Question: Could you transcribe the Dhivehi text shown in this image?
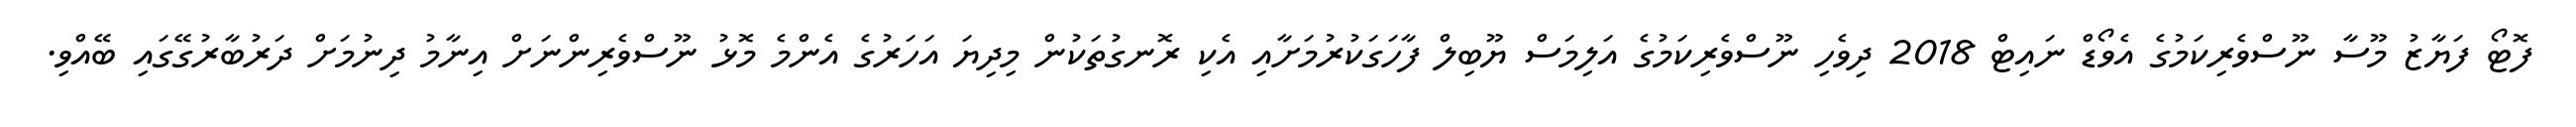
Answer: ފޮޓޯ ފަޔާޒު މޫސާ ނޫސްވެރިކަމުގެ އެވޯޑް ނައިޓް 2018 ދިވެހި ނޫސްވެރިކަމުގެ އަލިމަސް ޔޫބިލް ފާހަގަކުރުމަށާއި އެކި ރޮނގުތަކުން މިދިޔަ އަހަރުގެ އެންމެ މޮޅު ނޫސްވެރިންނަށް އިނާމު ދިނުމަށް ދަރުބާރުގޭގައި ބޭއްވި.